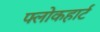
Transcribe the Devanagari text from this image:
फ्लोकहार्ट